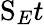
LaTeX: \mathrm{S}_{E}t